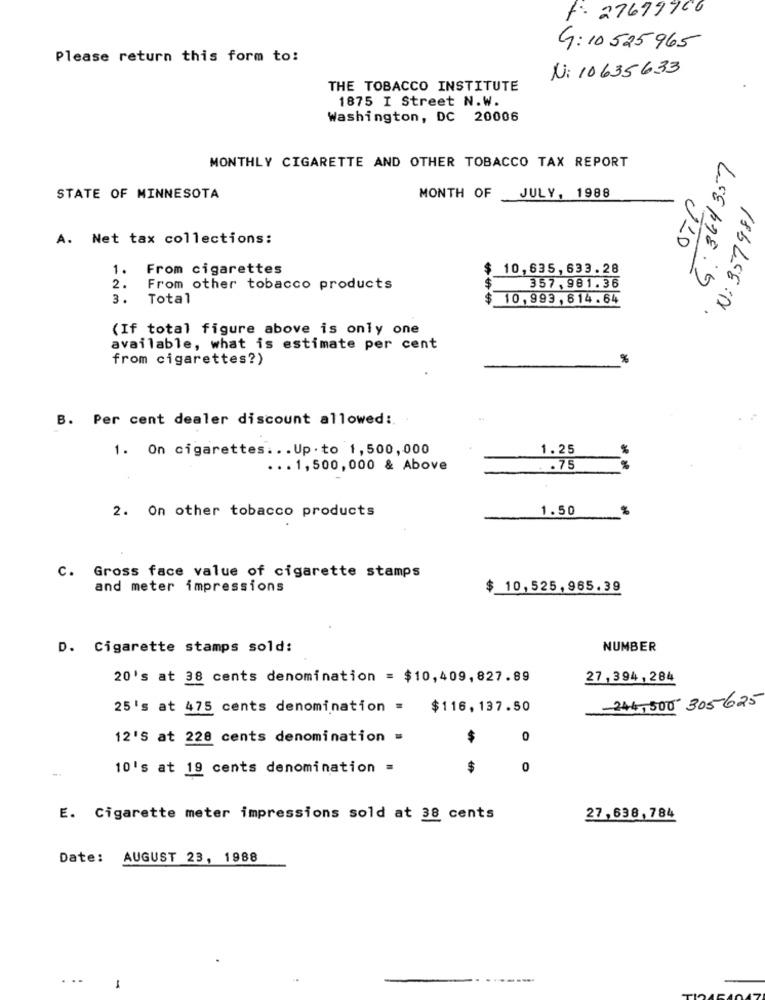
F. 27679966
G: 10 525 965
Please return this form to:
N: 10635633
THE TOBACCO INSTITUTE
1875 I Street N.W.
Washington, DC 20006
MONTHLY CIGARETTE AND OTHER TOBACCO TAX REPORT
STATE OF MINNESOTA
MONTH OF
JULY, 1988
N: 357981
A. Net tax collections:
1.
From cigarettes
$
10,635, 633. 28
LEEPDE 5
2.
From other tobacco products
357,981.36
3.
Total
$
10,993,614.64
(If total figure above is only one
available, what is estimate per cent
from cigarettes?)
B. Per cent dealer discount allowed :.
1. On cigarettes ... Up. to 1,500,000
1.25
... 1,500,000 & Above
. . 75
2. On other tobacco products
1.50
C. Gross face value of cigarette stamps
and meter impressions
$ 10,525,965.39
D. Cigarette stamps sold:
NUMBER
20's at 38 cents denomination = $10,409,827.89
27,394, 284
25's at 475 cents denomination = $116, 137.50
-244,500 305-625
12'S at 228 cents denomination =
$
0
10's at 19 cents denomination =
$
0
E. Cigarette meter impressions sold at 38 cents
27,638,784
Date: AUGUST 23, 1988
-
--